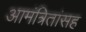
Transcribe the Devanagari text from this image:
आमंत्रितांसह